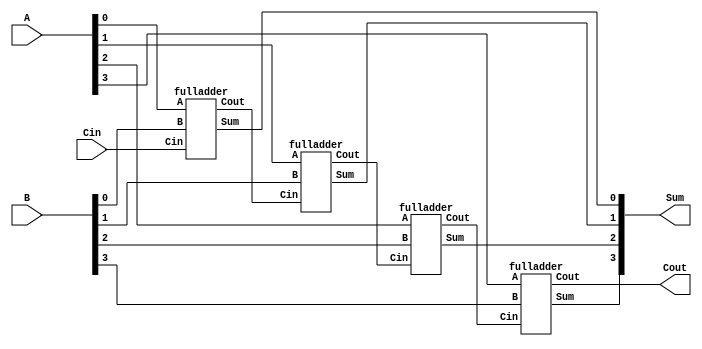

module adder2 (A, B, Cin, Sum, Cout);
input [3:0] A, B;
input Cin;
output [3:0] Sum;
output Cout;
wire C0, C1, C2;
fulladder M1 (A[0], B[0], Cin, Sum[0], C0);
fulladder M2 (A[1], B[1], C0, Sum[1], C1);
fulladder M3 (A[2], B[2], C1, Sum[2], C2);
fulladder M4 (A[3], B[3], C2, Sum[3], Cout);
endmodule


module fulladder (A, B, Cin, Sum, Cout);
input A, B, Cin;
output Sum, Cout;
wire n1, n2, x1;
xor u1 (x1, A, B);
xor u2 (Sum, x1, Cin);
and u3 (n1, Cin, x1);
and u4 (n2, A, B);
or u5 (Cout, n1, n2);
endmodule